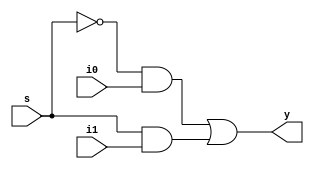
`timescale 1ns / 1ps
//////////////////////////////////////////////////////////////////////////////////
// Company: 
// Engineer: 
// 
// Design Name: 
// Module Name: mux2x1gate
// Project Name: 
// Target Devices: 
// Tool Versions: 
// Description: 
// 
// Dependencies: 
// 
// Revision:
// Revision 0.01 - File Created
// Additional Comments:
// 
//////////////////////////////////////////////////////////////////////////////////


module mux2x1gate(
    input i0,
    input i1,
    input s,
    output y
    );
wire sbar,p,q;
not n1 (sbar,s);
and n2 (p,sbar,i0);
and n3 (q,s,i1);
or n4 (y,p,q);  
  
    
endmodule